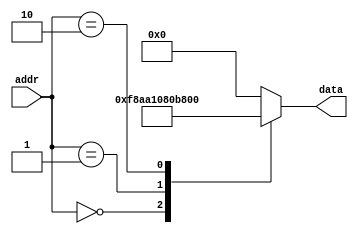
`timescale 1ns / 1ps
/*-----------------------------------------------------------------------------
   Este fichero es parte del procesador DAPA2014 diseado en la asignatura
   Diseo de Avanzado de Procesadores y Aplicaciones del 
   Master Universitario en Ingeniera de Computadores y Redes de la
   Universidad de Sevilla
   
   It is distributed under GNU General Public License
   See at http://www.gnu.org/licenses/gpl.html 
   Copyright (C) 2013 Paulino Ruiz de Clavijo Vzquez <paulino@dte.us.es>
   You can get more info at http://www.dte.us.es/id2
--------------------------------------------------------------------------------

   Fecha:     18-01-2014
   Revisin:  1

   Autor/es: Yamnia Rodrguez
   Comentarios: Programa 1
	
--*--------------------------------- End auto header, don't touch this line --*/

/*
	LDI R0,$AA
	STS $80,R0
	STOP
*/


module memory(
    output reg [15:0] data,
    input [7:0] addr
    );

	always@*
	begin
		case (addr)
			8'b00000000: data=16'b1111100010101010; // LDI R0,$AA
			8'b00000001: data=16'b0001000010000000; // STS $80,R0
			8'b00000010: data=16'b1011100000000000; // STOP
			default:   
				data=0;
		endcase
	end

endmodule